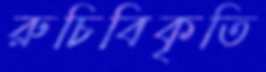
রুচিবিকৃতি